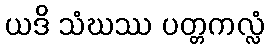
ယဒိ သံဃဿ ပတ္တကလ္လံ